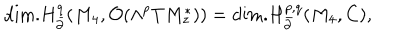
LaTeX: \mathrm { d i m . } H _ { \bar { \partial } } ^ { q } ( M _ { 4 } , { \cal O } ( \wedge ^ { p } T M _ { z } ^ { \ast } ) ) = \mathrm { d i m . } H _ { \bar { \partial } } ^ { p , q } ( M _ { 4 } , C ) ,